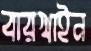
বারখাইন